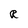
Character: R